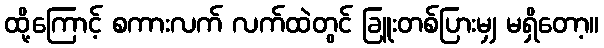
ထို့ကြောင့် စကားလက် လက်ထဲတွင် ခြူးတစ်ပြားမျှ မရှိတော့။